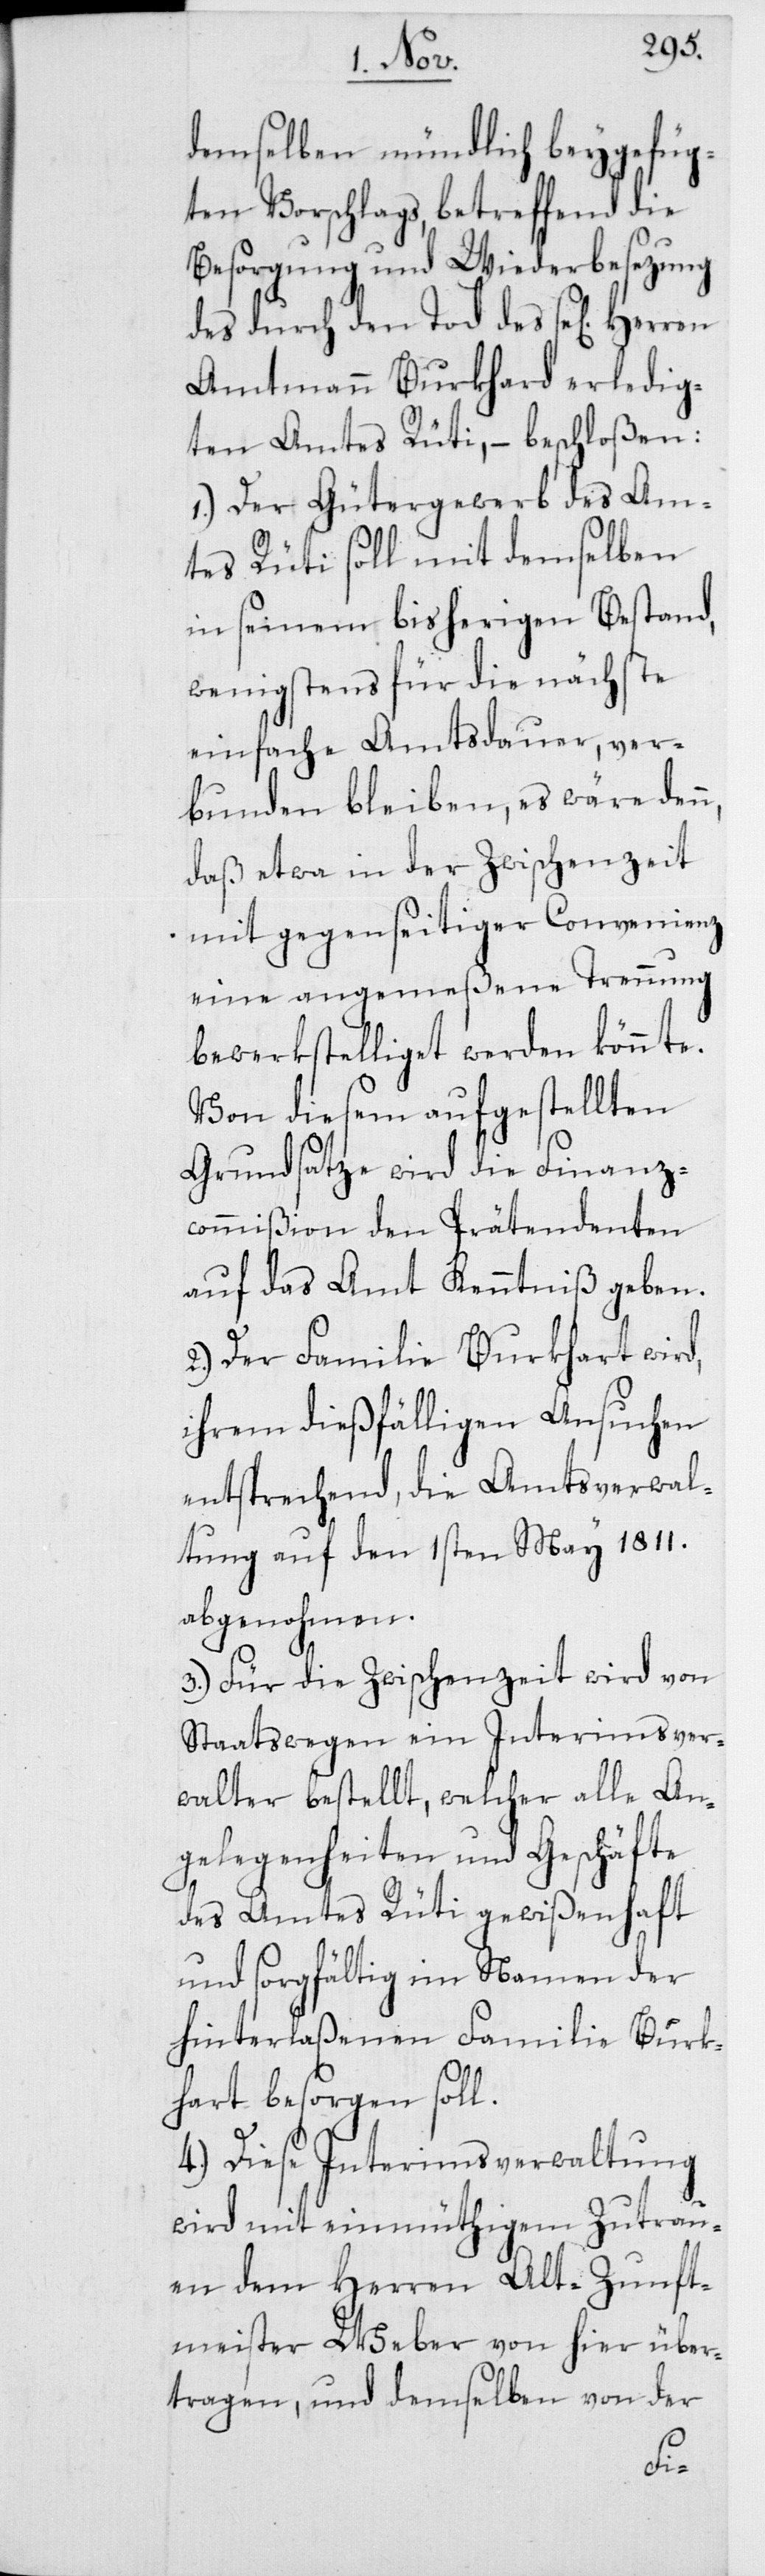
n,
demselben mündlich beygefüg¬
ten Vorschlags, betreffend die
Besorgung und Wiederbesezung
des durch den Tod des se[ligen]
Amtmann Burkhard erledig¬
ten Amtes Rüti, – beschloßen:
1. Der Gütergewerb des Am¬
tes Rüti soll mit demselben
in seinem bisherigen Bestand,
wenigstens für die nächste
einfache Amtsdauer, ver¬
bunden bleiben, es wäre den¬
daß etwa in der Zwischenzeit
mit gegenseitiger Convenienz
eine angemeßene Trennung
bewerkstelliget werden könnte.
Von diesem aufgestellten
Grundsatze wird die Finanz¬
commißion den Prätendenten
auf das Amt Kenntniß geben.
2. Der Familie Burkhart wird,
ihrem dießfälligen Ansuchen
entsprechend, die Amtsverwal¬
tung auf den 1sten May 1811.
abgenohmen.
3. Für die Zwischenzeit wird von
Staatswegen ein Interimsver¬
walter bestellt, welcher alle An¬
gelegenheiten und Geschäfte
des Amtes Rüti gewißenhaft
und sorgfältig im Namen der
hinterlaßenen Familie Burk¬
hart besorgen soll.
4. Diese Interimsverwaltung
wird mit einmüthigem Zutrau¬
en dem Herren Alt-Zunft¬
meister Weber von hier über¬
tragen, und demselben von der